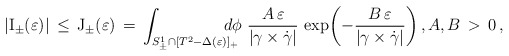
\begin{align*}|{\rm I}_\pm(\varepsilon)| \,\le\, {\rm J}_\pm(\varepsilon) \,=\, \int_{S^1_\pm\cap[T^2 - \Delta(\varepsilon)]_+}\mskip-20mu d\phi\,\,\frac{ A\,\varepsilon}{|\gamma\times\dot{\gamma}|}\, \exp{\!\left(-\frac{B\,\varepsilon}{|\gamma\times\dot{\gamma}|}\right)}\,,A,B\,>\, 0\,, \end{align*}